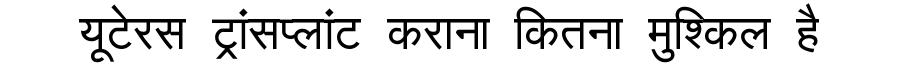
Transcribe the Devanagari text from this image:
यूटेरस ट्रांसप्लांट कराना कितना मुश्किल है